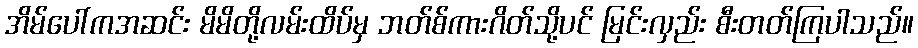
အိမ်ပေါ်ကအဆင်း မိမိတို့လမ်းထိပ်မှ ဘတ်စ်ကားဂိတ်သို့ပင် မြင်းလှည်း စီးတတ်ကြပါသည်။